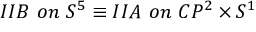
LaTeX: I I B ~ o n ~ S ^ { 5 } \equiv I I A ~ o n ~ C P ^ { 2 } \times S ^ { 1 }